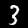
Label: 3